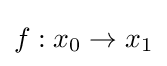
f:x_{0}\to x_{1}